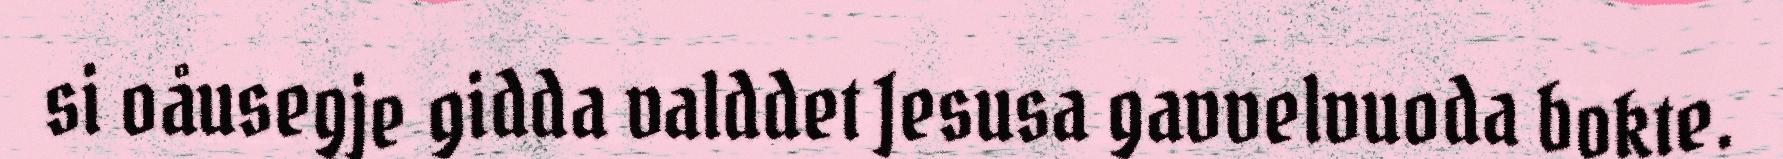
si oåusegje gidda valddet Jesusa gavvelvuoda bokte.